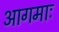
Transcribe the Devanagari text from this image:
आगमाः